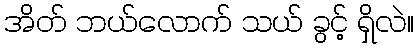
အိတ် ဘယ်လောက် သယ် ခွင့် ရှိလဲ။